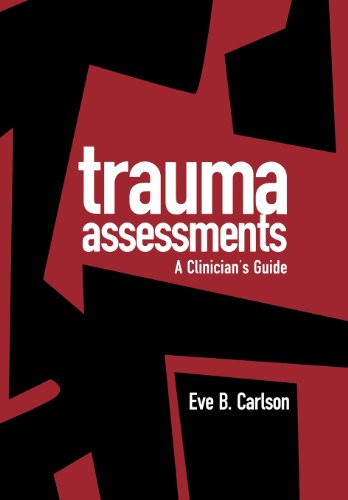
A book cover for Trauma Assessments: A Clinician's Guide; Eve B. Carlson Phd; Health, Fitness & Dieting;